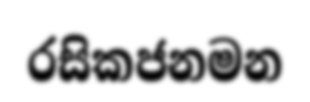
රසිකජනමන